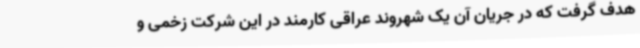
هدف گرفت که در جریان آن یک شهروند عراقی کارمند در این شرکت زخمی و